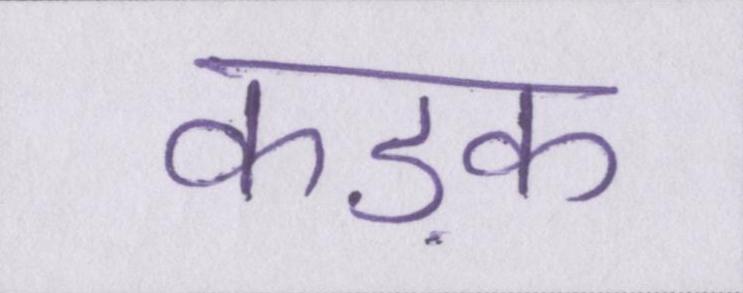
कड़क